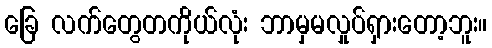
ခြေ လက်တွေတကိုယ်လုံး ဘာမှမလှုပ်ရှားတော့ဘူး။